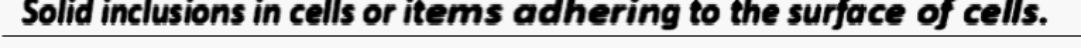
Solid inclusions in cells or items adhering to the surface of cells.